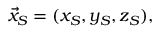
{ \vec { x } } _ { S } = ( x _ { S } , y _ { S } , z _ { S } ) ,